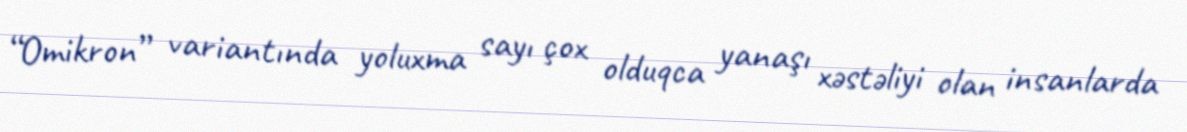
“Omikron” variantında yoluxma sayı çox olduqca yanaşı xəstəliyi olan insanlarda